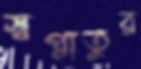
স্বপ্নাতুর